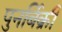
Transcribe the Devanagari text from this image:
पुनर्बिक्री